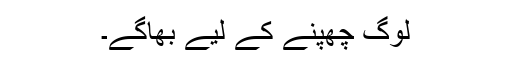
لوگ چھپنے کے لیے بھاگے۔